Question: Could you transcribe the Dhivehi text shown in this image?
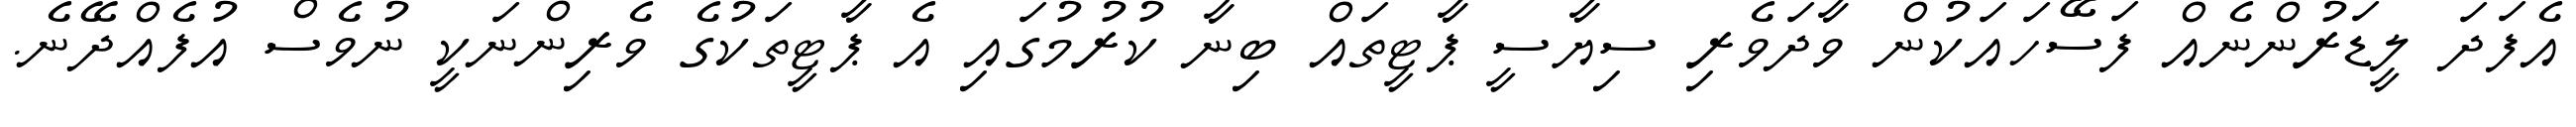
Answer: އެފަދަ ލީޑަރުންނެއް ފަސޭހައަކުން ވާދަވެރި ސިޔާސީ ޕާޓީތައް ބިނާ ކުރުމުގައި އެ ޕާޓީތަކުގެ ވެރިންނަކީ ނުވެސް އުފެއްދޭނެ.